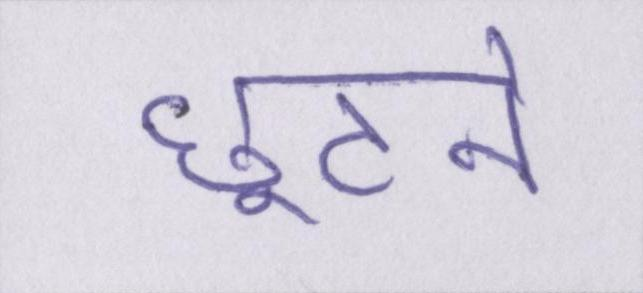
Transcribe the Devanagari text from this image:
छूटने